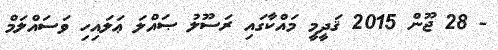
- 28 ޖޫން 2015 ޤަދީމީ މައްކާގައި ރަސޫލު ޞައްލަ ޢަލައިހި ވަސައްލަމް